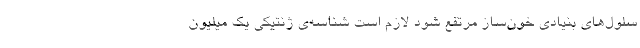
سلول‌های بنیادی خون‌ساز مرتفع شود لازم است شناسه‌ی ژنتیکی یک میلیون